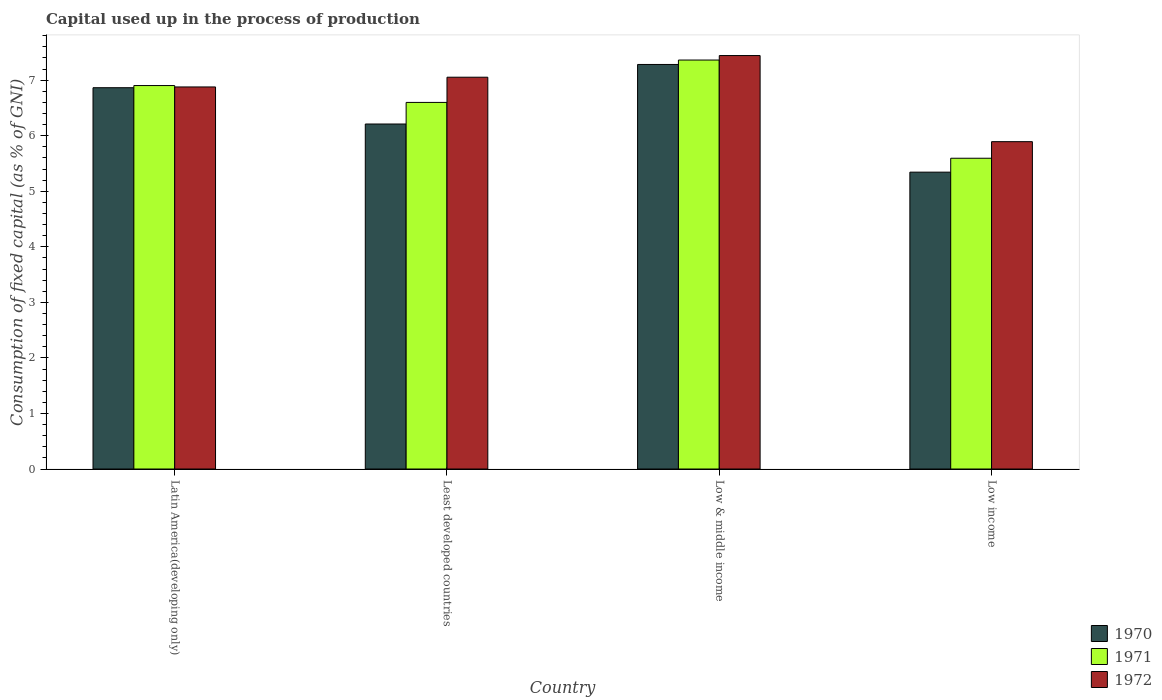
| Country | 1970 | 1971 | 1972 |
 | --- | --- | --- | --- |
 | Latin America(developing only) | 6.86 | 6.9 | 6.88 |
 | Least developed countries | 6.21 | 6.6 | 7.05 |
 | Low & middle income | 7.28 | 7.36 | 7.44 |
 | Low income | 5.34 | 5.59 | 5.89 |